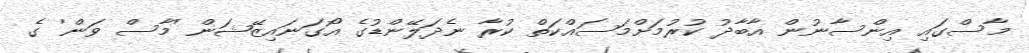
މާސްގައި އިންސާނުން އާބާދު ކުރުމަށްމަސައްކަތް ކުރާ ނެދަލޭންޑުގެ އޯގަނައިޒޭޝަން 'މާސް ވަން' ގެ